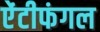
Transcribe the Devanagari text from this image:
ऐंटीफंगल